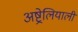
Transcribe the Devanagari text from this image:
अष्ट्रेलियाली